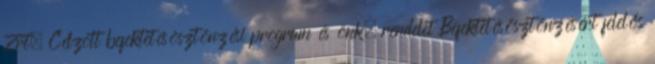
Zrt. Célzott befektetésösztönzési program és önk. rendelet Befektetésösztönzésért felelős